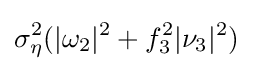
\sigma _{\eta }^{2}(|\omega _{2}|^{2}+f_{3}^{2}|\nu _{3}|^{2})